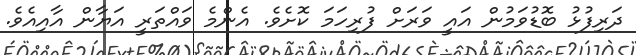
ދަރިފުޅު ބޮޑުވަމުން އައީ ވަރަށް ފުރިހަމަ ކޮށެވެ. އެންމެ ވައްތަރީ އަޔާން އާއިއެވެ.